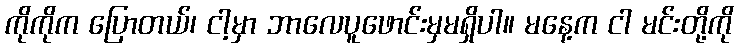
ကိုကိုက ပြောတယ်၊ ငါ့မှာ ဘာလေပူဖောင်းမှမရှိပါ။ မနေ့က ငါ မင်းတို့ကို